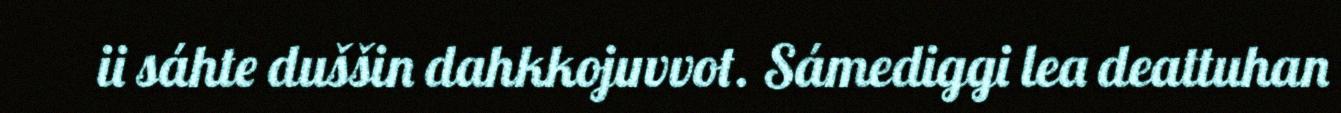
ii sáhte duššin dahkkojuvvot. Sámediggi lea deattuhan